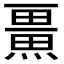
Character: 𭻨